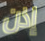
إذن